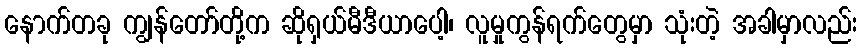
နောက်တခု ကျွန်တော်တို့က ဆိုရှယ်မီဒီယာပေါ့၊ လူမှုကွန်ရက်တွေမှာ သုံးတဲ့ အခါမှာလည်း